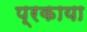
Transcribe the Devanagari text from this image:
प्रकाया